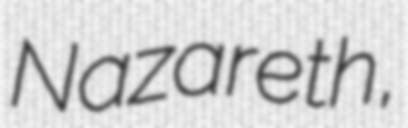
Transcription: Nazareth,